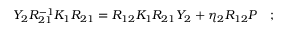
Y _ { 2 } R _ { 2 1 } ^ { - 1 } K _ { 1 } R _ { 2 1 } = R _ { 1 2 } K _ { 1 } R _ { 2 1 } Y _ { 2 } + \eta _ { 2 } R _ { 1 2 } { \cal P } \quad ; \,